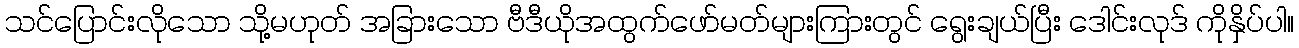
သင်ပြောင်းလိုသော သို့မဟုတ် အခြားသော ဗီဒီယိုအထွက်ဖော်မတ်များကြားတွင် ရွေးချယ်ပြီး ဒေါင်းလုဒ် ကိုနှိပ်ပါ။